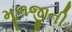
મૂળજીની